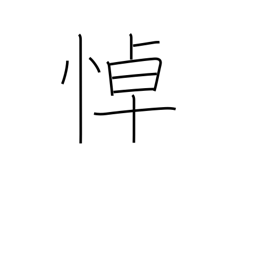
Meaning: grieve over